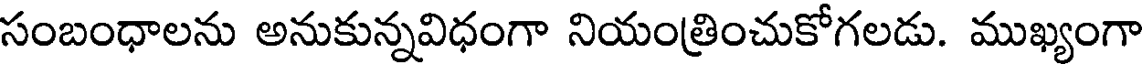
సంబంధాలను అనుకున్నవిధంగా నియంత్రించుకోగలడు. ముఖ్యంగా